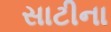
સાટીના